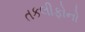
તકલીફોનો